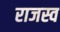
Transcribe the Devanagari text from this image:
राजस्व